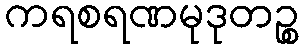
ကရစရဏမုဒုတဉ္စ